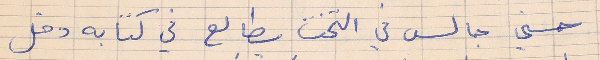
حسني جالس في التخت يطالع في كتابه دخل